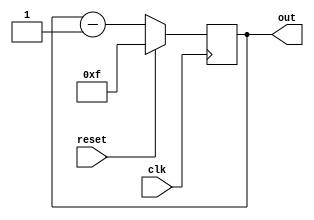
module down_count (clk, reset, out);
input clk, reset;
output[3:0] out;
reg [3:0] counter_up;

// up counter
always @(posedge clk)
begin
if(reset)
 counter_up <= 4'd15;
else
 counter_up <= counter_up - 4'd1;
end 
assign out = counter_up;
endmodule